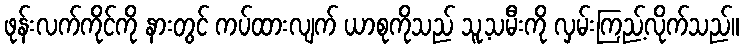
ဖုန်းလက်ကိုင်ကို နားတွင် ကပ်ထားလျက် ယာစုကိုသည် သူ့သမီးကို လှမ်းကြည့်လိုက်သည်။